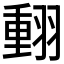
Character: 𦑝